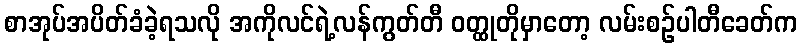
စာအုပ်အပိတ်ခံခဲ့ရသလို အကိုလင်ရဲ့လန်ကွတ်တီ ဝတ္ထုတိုမှာတော့ လမ်းစဉ်ပါတီခေတ်က